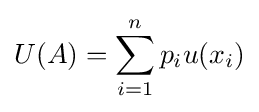
U(A)=\sum _{i=1}^{n}p_{i}u(x_{i})